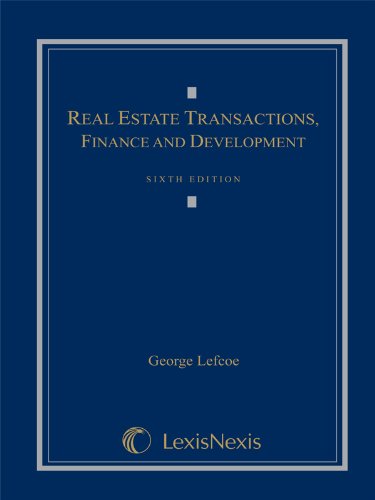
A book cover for Real Estate Transactions, Finance, and Development; George Lefcoe; Business & Money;